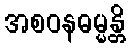
အစဝနဓမ္မန္တိ